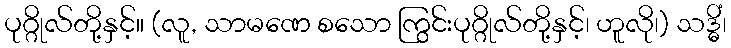
ပုဂ္ဂိုလ်တို့နှင့်။ (လူ, သာမဏေ စသော ကြွင်းပုဂ္ဂိုလ်တို့နှင့်၊ ဟူလို၊) သဒ္ဓိံ၊